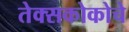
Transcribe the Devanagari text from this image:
तेक्सकोकोचे